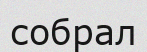
собрал